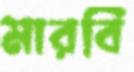
মারবি